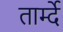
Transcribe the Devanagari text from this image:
तार्म्दे